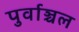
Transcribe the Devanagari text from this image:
पुर्वाञ्चल